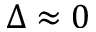
\Delta \approx 0